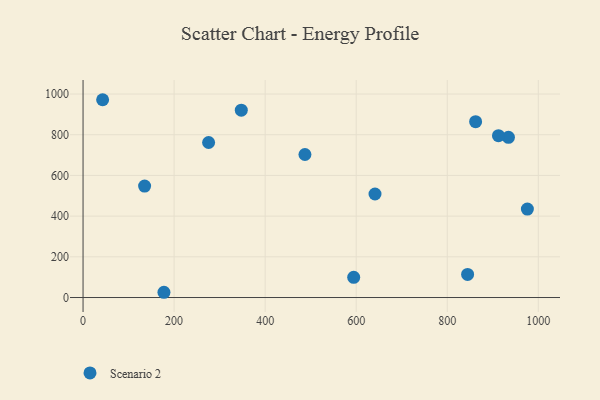
{"axis": {"x": "Investment", "y": "Profit"}, "legend": ["Scenario 2"], "data": [{"x": "862.3", "y": 864.0, "type": "Scenario 2"}, {"x": "347.6", "y": 920.8, "type": "Scenario 2"}, {"x": "135.2", "y": 547.7, "type": "Scenario 2"}, {"x": "43.0", "y": 972.0, "type": "Scenario 2"}, {"x": "487.4", "y": 702.8, "type": "Scenario 2"}, {"x": "594.5", "y": 99.5, "type": "Scenario 2"}, {"x": "275.8", "y": 761.8, "type": "Scenario 2"}, {"x": "934.4", "y": 787.0, "type": "Scenario 2"}, {"x": "641.3", "y": 508.7, "type": "Scenario 2"}, {"x": "912.5", "y": 795.2, "type": "Scenario 2"}, {"x": "844.7", "y": 113.6, "type": "Scenario 2"}, {"x": "177.7", "y": 25.8, "type": "Scenario 2"}, {"x": "976.0", "y": 434.7, "type": "Scenario 2"}]}